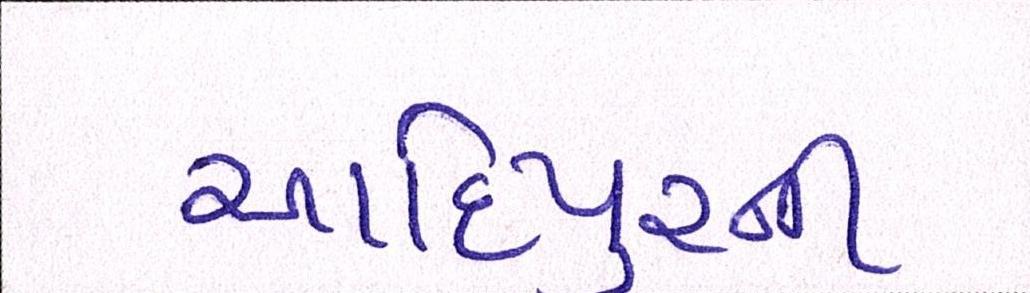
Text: આદિપુરની